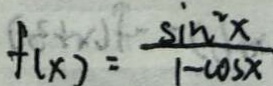
f ( x ) = \frac { \sin ^ { 2 } x } { 1 - \cos x }